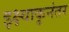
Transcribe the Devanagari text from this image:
इक्ष्वाकूनंतर